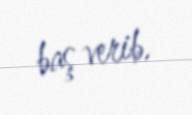
baş verib.